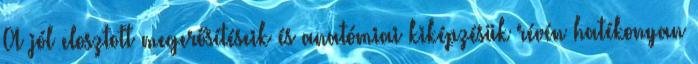
A jól elosztott megerősítéseik és anatómiai kiképzésük révén hatékonyan